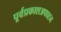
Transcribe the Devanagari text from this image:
पूर्वप्रकाशअपघटन